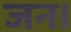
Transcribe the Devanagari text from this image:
जन।